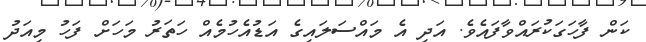
ކަން ފާހަގަކުރައްވާފައެވެ. އަދި އެ މައްސަލައިގެ އަޑުއެހުމެއް ހަތަރު މަހަށް ފަހު މިއަދު